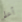
أعلم